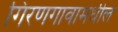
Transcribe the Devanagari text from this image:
गिरणगावामधील